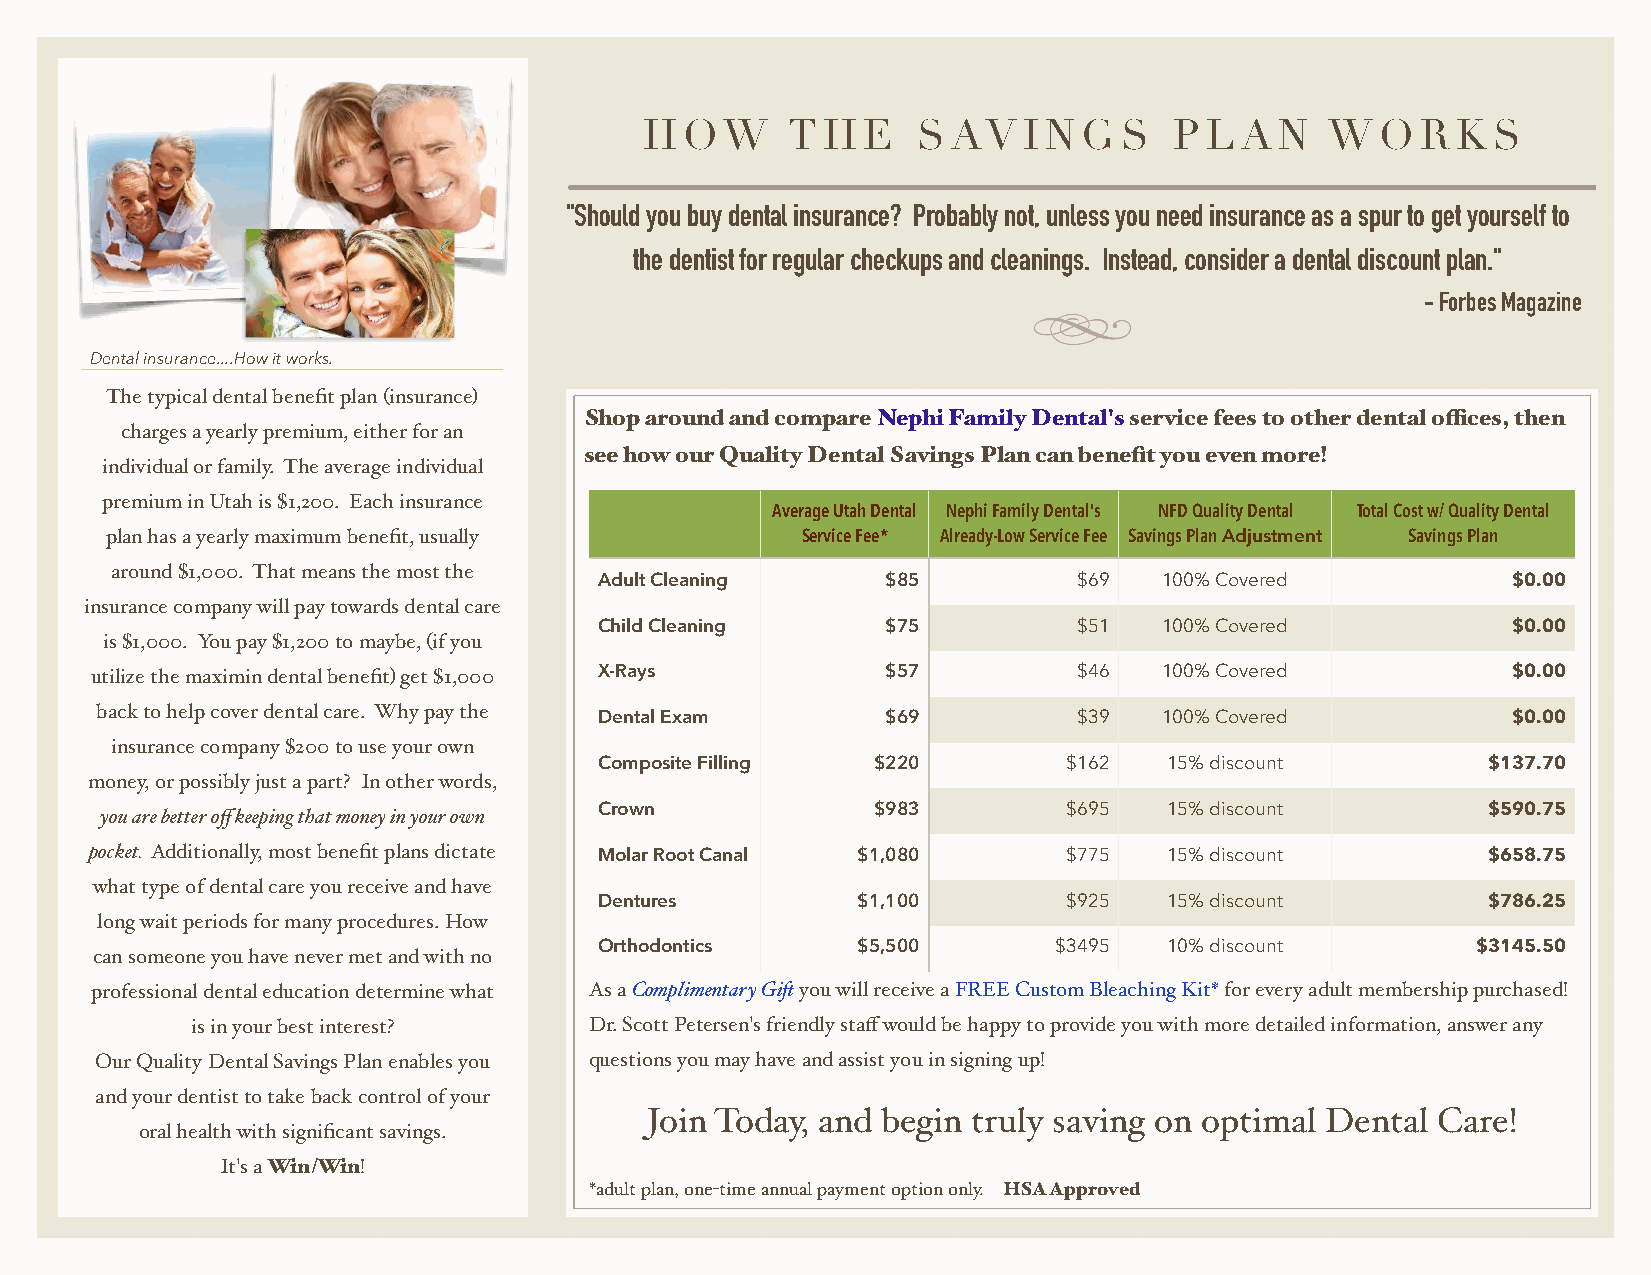
HOW      THE      SAV    ING   S   PLAN      WORKS
 "Should you buy dental insurance? Probably not, unless you need insurance as a spur to get yourself to
 the dentist for regular checkups and cleanings. Instead, consider a dental discount plan."
 - Forbes Magazine
 Dental insurance....How it works.
 The typical dental benefit plan (insurance)
 Shop around and compare Nephi Family Dental's service fees to other dental offices, then
 charges a yearly premium, either for an
 see how our Quality Dental Savings Plan can benefit you even more!
 individual or family. The average individual
 premium in Utah is $1,200. Each insurance
 Average Utah Dental Nephi Family Dental's NFD Quality Dental Total Cost w/ Quality Dental
 plan has a yearly maximum benefit, usually    Service Fee* Already-Low Service Fee Savings Plan Adjustment Savings Plan
 around $1,000. That means the most the
 Adult Cleaning     $85         $69   100% Covered           $0.00
 insurance company will pay towards dental care
 Child Cleaning     $75         $51   100% Covered           $0.00
 is $1,000. You pay $1,200 to maybe, (if you
 utilize the maximin dental benefit) get $1,000 X-Rays $57        $46   100% Covered           $0.00
 back to help cover dental care. Why pay the
 Dental Exam        $69         $39   100% Covered           $0.00
 insurance company $200 to use your own
 Composite Filling $220         $162  15% discount         $137.70
 money, or possibly just a part? In other words,
 you are better off keeping that money in your own Crown $983    $695  15% discount         $590.75
 pocket. Additionally, most benefit plans dictate
 Molar Root Canal $1,080        $775  15% discount         $658.75
 what type of dental care you receive and have
 Dentures         $1,100        $925  15% discount         $786.25
 long wait periods for many procedures. How
 Orthodontics     $5,500       $3495  10% discount         $3145.50
 can someone you have never met and with no
 professional dental education determine what As a Complimentary Gift you will receive a FREE Custom Bleaching Kit* for every adult membership purchased!
 is in your best interest? D r . S c o t t P e t e r s en's friendly staff would be happy to provide you with more detailed information, answer any
 Our Quality Dental Savings Plan enables you questions you may have and assist you in signing up!
 and your dentist to take back control of your
 Join Today, and begin truly saving on optimal Dental Care!
 oral health with significant savings.
 It's a Win/Win!
 *adult plan, one-time annual payment option only. HSA Approved